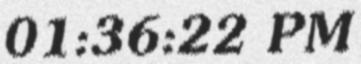
01:36:22 PM